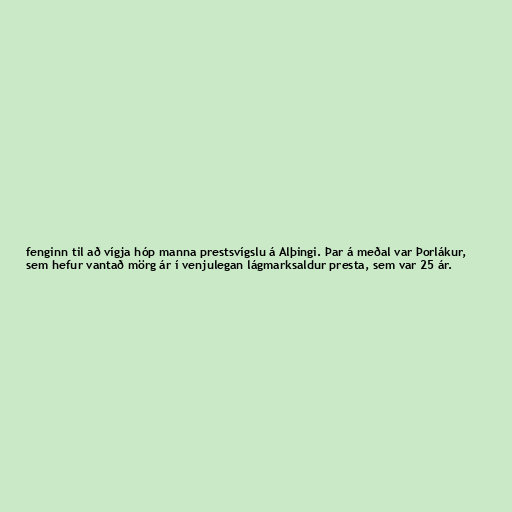
fenginn til að vígja hóp manna prestsvígslu á Alþingi. Þar á meðal var Þorlákur,
sem hefur vantað mörg ár í venjulegan lágmarksaldur presta, sem var 25 ár.